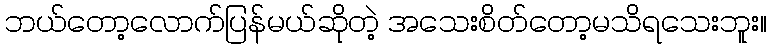
ဘယ်တော့လောက်ပြန်မယ်ဆိုတဲ့ အသေးစိတ်တော့မသိရသေးဘူး။